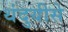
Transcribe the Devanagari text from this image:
थंदुयीसे